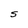
Character: S